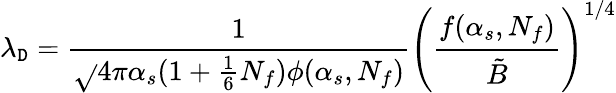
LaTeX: \lambda_{\mathtt{D}}={\frac{{1}}{{\sqrt{}{{4\pi\alpha_{s}(1+{\frac{{1}}{{6}}}N_{f})\phi(\alpha_{s},N_{f})}}}}}\Biggl({\frac{{f(\alpha_{s},N_{f})}}{{\tilde{{B}}}}}\Biggr)^{1/4}